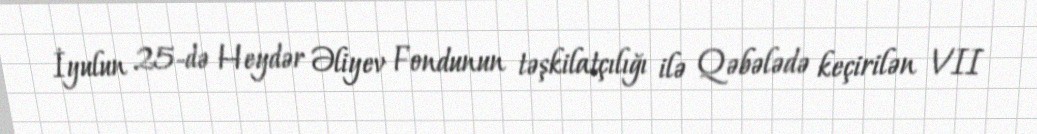
İyulun 25-də Heydər Əliyev Fondunun təşkilatçılığı ilə Qəbələdə keçirilən VII